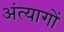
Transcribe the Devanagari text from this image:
अंत्यागों